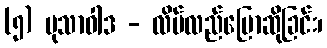
(၅) မုသာဝါဒ - လိမ်လည်ပြောဆိုခြင်း၊